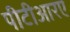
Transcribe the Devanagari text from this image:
पीटीआरए